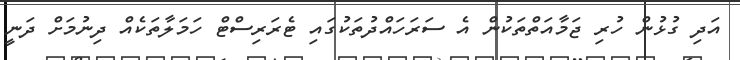
އަދި ގުޅުން ހުރި ޖަމާއަތްތަކުން އެ ސަރަހައްދުތަކުގައި ޓެރަރިސްޓް ހަމަލާތަކެއް ދިނުމަށް ދަނީ